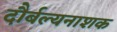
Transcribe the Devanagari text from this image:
दौर्बल्यनाशक